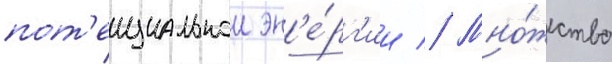
пот'енциальнои эн'е́рг'ии // Мно́жество